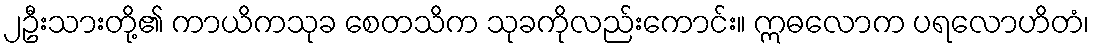
၂ဦးသားတို့၏ ကာယိကသုခ စေတသိက သုခကိုလည်းကောင်း။ ဣဓလောက ပရလောဟိတံ၊